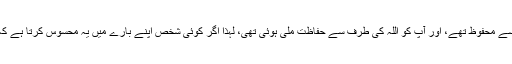
اور حلیمی رحمہ اللہ سے منقول ہے وہ کہا کرتے تھے: نبی صلی اللہ علیہ وسلم فتنہ سے محفوظ تھے، اور آپ کو اللہ کی طرف سے حفاظت ملی ہوئی تھی، لہذا اگر کوئی شخص اپنے بارے میں یہ محسوس کرتا ہے کہ وہ فتنہ میں نہیں پڑے گا تو سلام کر لے بصورت دیگر خاموشی میں ہی عافیت ہے۔